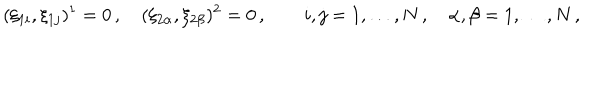
LaTeX: ( \xi _ { 1 i } , \xi _ { 1 j } ) ^ { 1 } = 0 \, , \quad ( \xi _ { 2 \alpha } , \xi _ { 2 \beta } ) ^ { 2 } = 0 \, , \qquad i , j = 1 , \ldots , N \, , \quad \alpha , \beta = 1 , \ldots , N \, ,